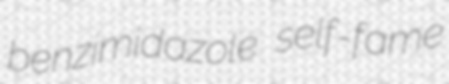
benzimidazole self-fame